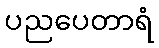
ပညပေတာရံ